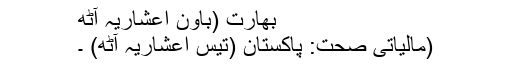
بھارت (باون اعشاریہ آٹھ
(مالیاتی صحت: پاکستان (تیس اعشاریہ آٹھ) ۔